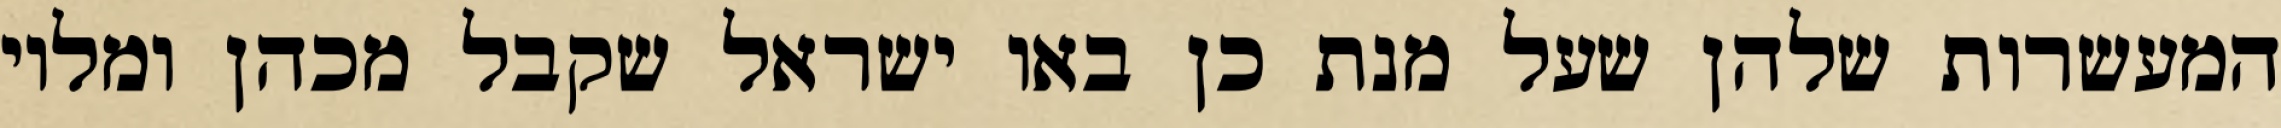
המעשרות שלהן שעל מנת כן באו ישראל שקבל מכהן ומלוי